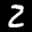
Label: 2